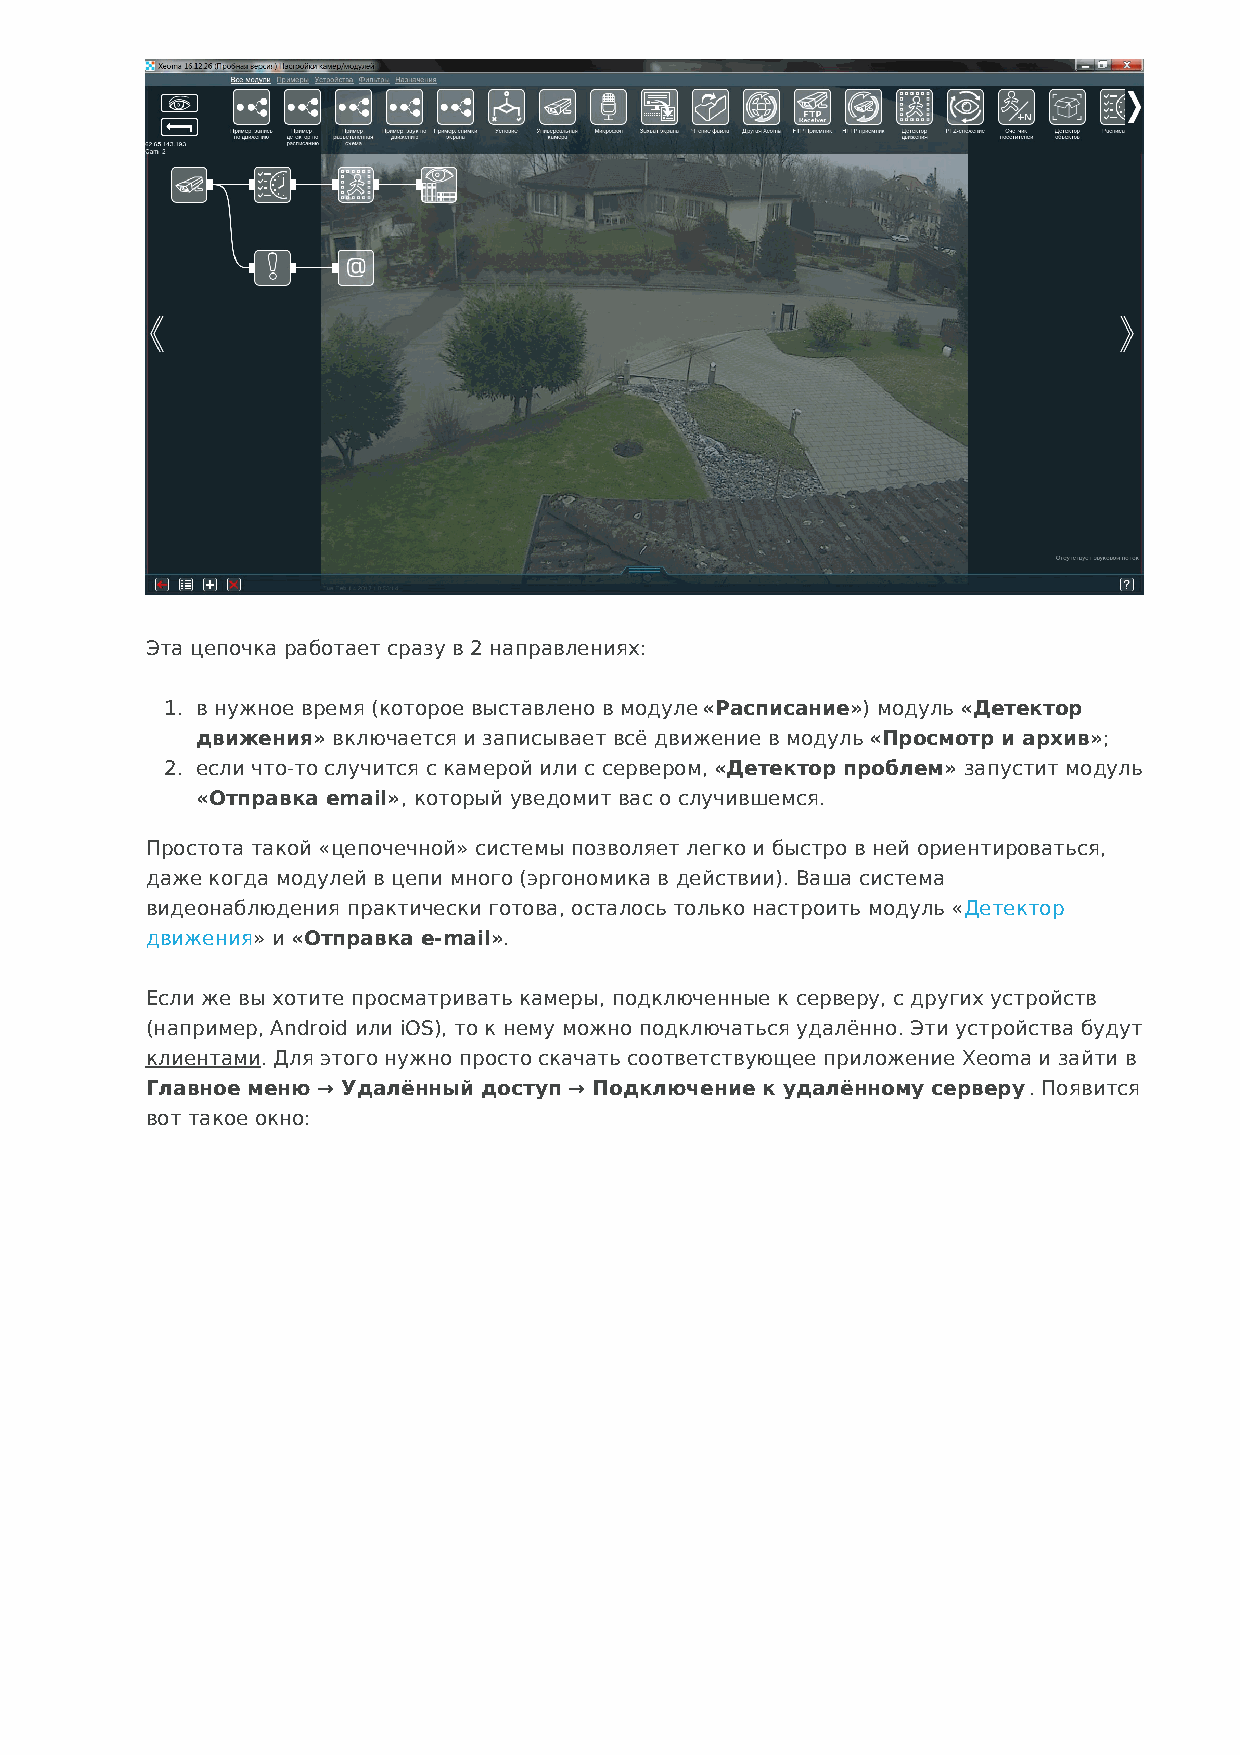
Эта цепочка работает сразу в 2 направлениях:
 1. в нужное время (которое выставлено в модуле «Расписание») модуль «Детектор
 движения» включается и записывает всё движение в модуль «Просмотр и архив»;
 2. если что-то случится с камерой или с сервером, «Детектор проблем» запустит модуль
 «Отправка email», который уведомит вас о случившемся.
 Простота такой «цепочечной» системы позволяет легко и быстро в ней ориентироваться,
 даже когда модулей в цепи много (эргономика в действии). Ваша система
 видеонаблюдения практически готова, осталось только настроить модуль «Детектор
 движения» и «Отправка e-mail».
 Если же вы хотите просматривать камеры, подключенные к серверу, с других устройств
 (например, Android или iOS), то к нему можно подключаться удалённо. Эти устройства будут
 клиентами. Для этого нужно просто скачать соответствующее приложение Xeoma и зайти в
 Главное меню → Удалённый доступ → Подключение к удалённому серверу. Появится
 вот такое окно: